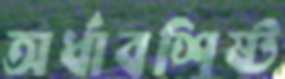
অর্ধাবশিষ্ট